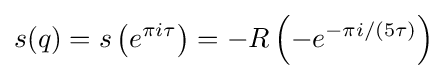
s(q)=s\left(e^{\pi i\tau }\right)=-R\left(-e^{-\pi i/(5\tau )}\right)